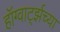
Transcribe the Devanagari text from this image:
हॉग्वार्ट्झच्या